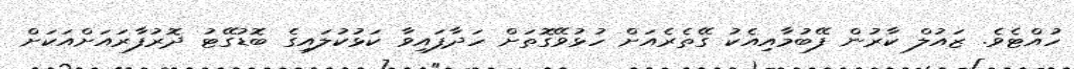
ހުއްޓެވެ. ޒައުލް ކާރުން ފޭބުމާއިއެކު ގޭތެރެއަށް ހުޅުވޭގޮތަށް ހަދާފައިވާ ކަޅުކުލައިގެ ބޮޑުގޭޓު ދޮރުފާރައަށްއަކަށް